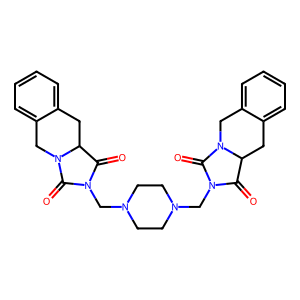
SMILES: O=C1C2Cc3ccccc3CN2C(=O)N1CN1CCN(CN2C(=O)C3Cc4ccccc4CN3C2=O)CC1
Inhibits HIV replication: No